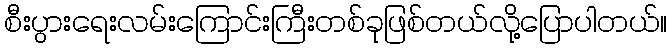
စီးပွားရေးလမ်းကြောင်းကြီးတစ်ခုဖြစ်တယ်လို့ပြောပါတယ်။